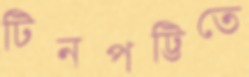
টিনপট্টিতে